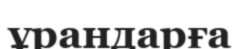
ұрандарға